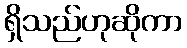
ရှိသည်ဟုဆိုကာ